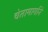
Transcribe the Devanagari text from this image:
चेतामार्गाने